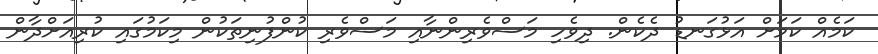
ކަމެއް ކަމަށް އަޅުގަނޑު ދެކެން. ދިވެހި މަސްވެރިންނާއި މަސްވެރި ކުންފުނިތަކުން މިކަމުގައި ކުރިއަށްދާން